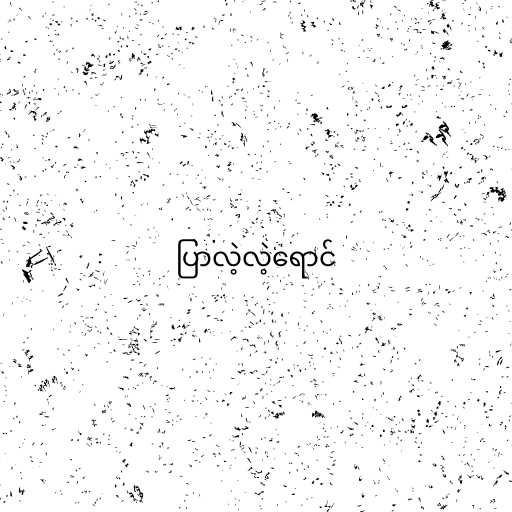
ပြာလဲ့လဲ့ရောင်